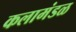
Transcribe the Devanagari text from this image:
कलामंडळ